Document type: Dowry acquittance
Year: 1427
Scribe: Pere Tarafa
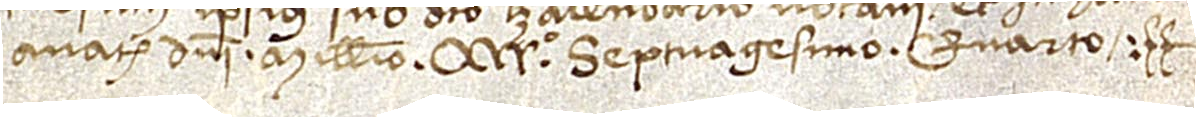
a Nativitate Domini millesimo CCCCº septuagesimo quarto.